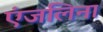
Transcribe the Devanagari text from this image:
एंजलिना